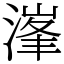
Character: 𣺿